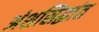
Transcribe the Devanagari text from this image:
अंशसिद्धांत